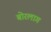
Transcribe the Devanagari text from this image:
बोरलाग